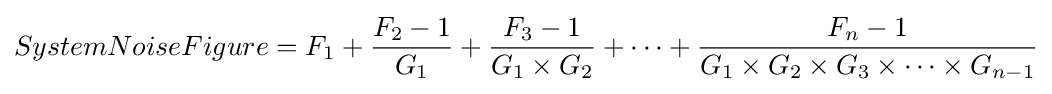
SystemNoiseFigure=F_{1}+{\frac {F_{2}-1}{G_{1}}}+{\frac {F_{3}-1}{G_{1}\times G_{2}}}+\cdots +{\frac {F_{n}-1}{G_{1}\times G_{2}\times G_{3}\times \cdots \times G_{n-1}}}